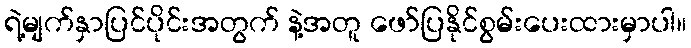
ရဲ့မျက်နှာပြင်ပိုင်းအတွက် နဲ့အတူ ဖော်ပြနိုင်စွမ်းပေးထားမှာပါ။